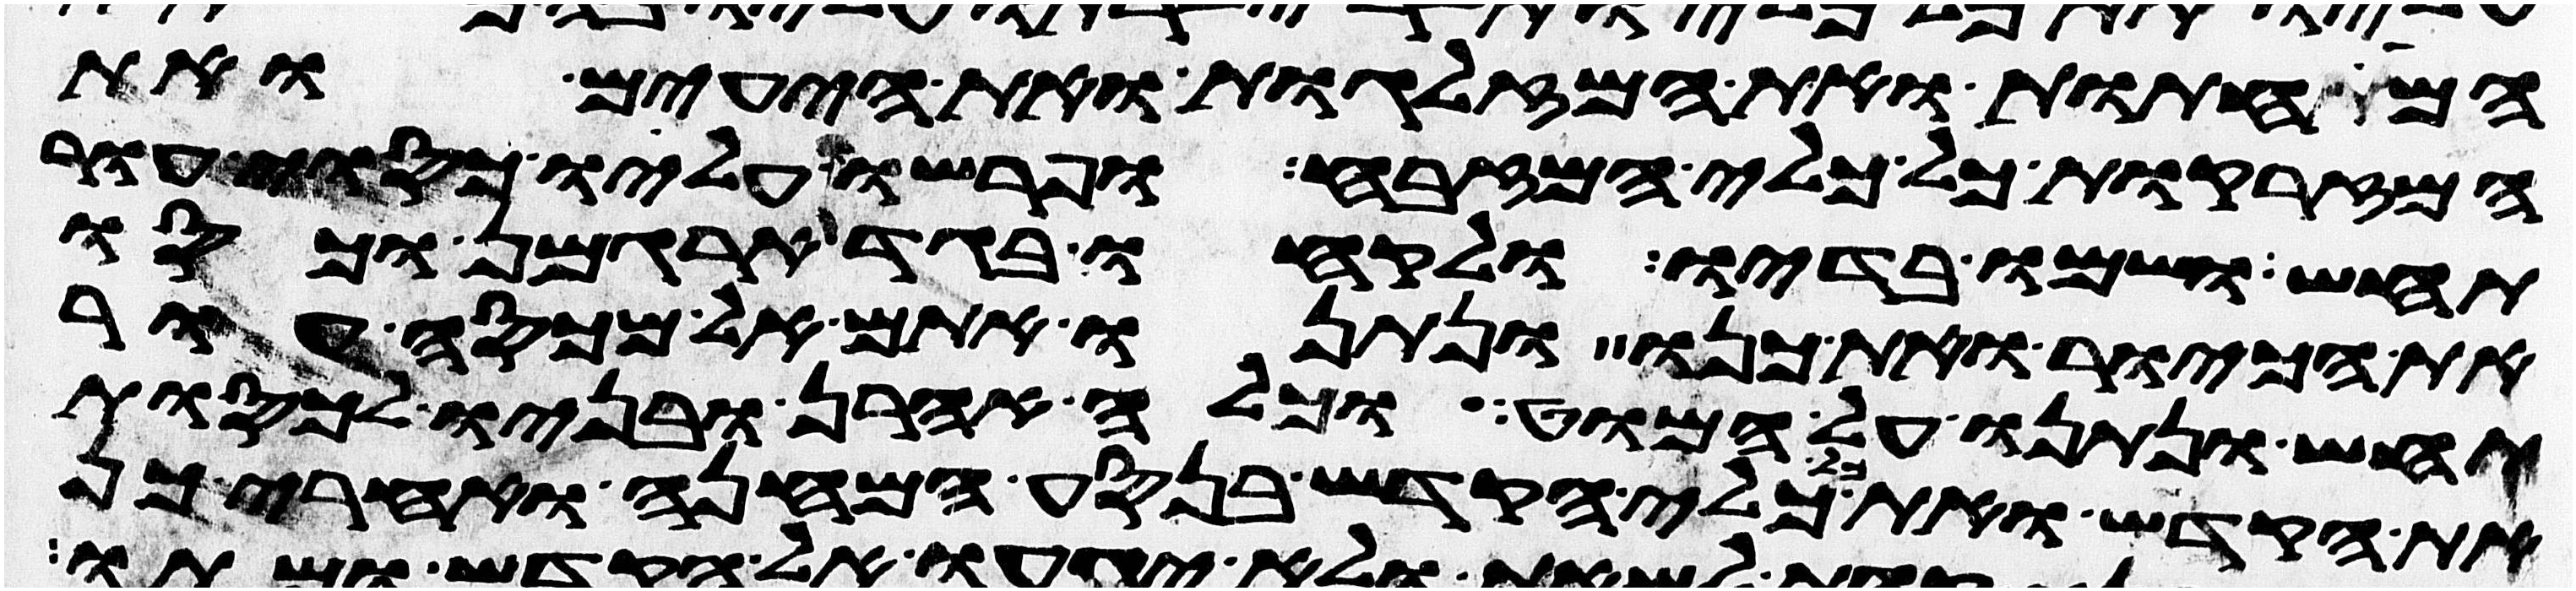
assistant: המחתות ואת המזלגות ואת היעים ואת
המזרקות כל כלי המזבח ופרשו עליו כסוי עור
תחש ושמו בדיו ולקחו בגד ארגמן וכסו
את הכיור ואת כנו ונתנו אתם אל מכסה עור
תחש ונתנו על המוט וכלה אהרן ובניו לכסות
את הקדש ואת כל כלי הקדש בנסע המחנה ואחרי כן